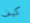
كيف